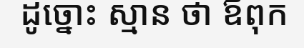
ដូច្នោះ ស្មាន ថា ឪពុក